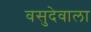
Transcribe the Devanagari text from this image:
वसुदेवाला